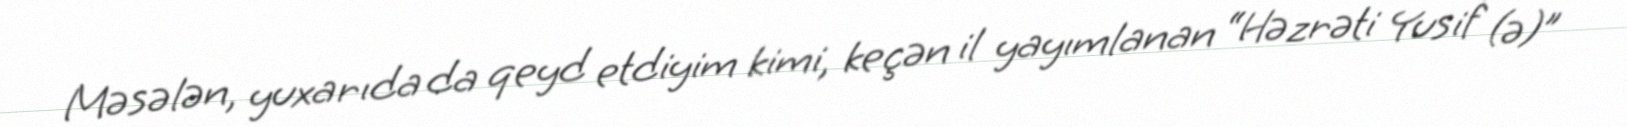
Məsələn, yuxarıda da qeyd etdiyim kimi, keçən il yayımlanan “Həzrəti Yusif (ə)”